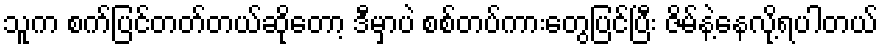
သူက စက်ပြင်တတ်တယ်ဆိုတော့ ဒီမှာပဲ စစ်တပ်ကားတွေပြင်ပြီး ဇိမ်နဲ့နေလို့ရပါတယ်